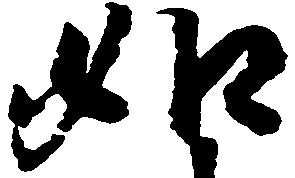
如